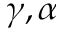
\gamma , \alpha